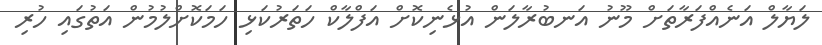
ލަޔާލް އަނެއްފަރާތަށް މޫނު އަނބުރާލަން އުޅެނިކޮށް އަފްލާކް ހަތަރުކަޅި ހަމަކޮށްލުމުން އަތުގައި ހުރި